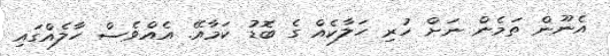
އެނޫން ތަމެން ނަށް ހުރި ހަލާކެއް ގެ ބޮޑު ކަމާއޭ. އެއްވެސް ހާލެއްގައި